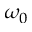
\omega _ { 0 }